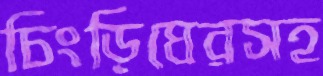
চিংড়িঘেরসহ